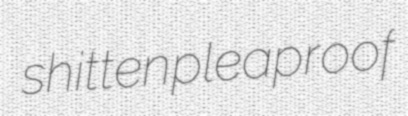
shitten pleaproof